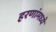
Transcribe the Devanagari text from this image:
हरणांमध्ये